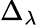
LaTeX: \Delta_{\lambda}